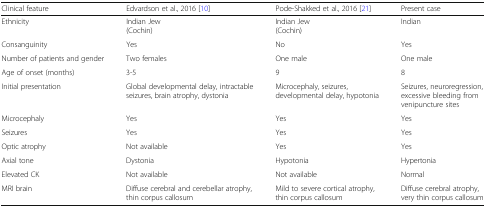
<table><thead><tr><td><b>Clinical feature</b></td><td><b>Edvardson et al., 2016 [10]</b></td><td><b>Pode-Shakked et al., 2016 [21]</b></td><td><b>Present case</b></td></tr></thead><tbody><tr><td>Ethnicity</td><td>Indian Jew(Cochin)</td><td>Indian Jew(Cochin)</td><td>Indian</td></tr><tr><td>Consanguinity</td><td>Yes</td><td>No</td><td>Yes</td></tr><tr><td>Number of patients and gender</td><td>Two females</td><td>One male</td><td>One male</td></tr><tr><td>Age of onset (months)</td><td>3-5</td><td>9</td><td>8</td></tr><tr><td>Initial presentation</td><td>Global developmental delay, intractable seizures, brain atrophy, dystonia</td><td>Microcephaly, seizures, developmental delay, hypotonia</td><td>Seizures, neuroregression, excessive bleeding from venipuncture sites</td></tr><tr><td>Microcephaly</td><td>Yes</td><td>Yes</td><td>Yes</td></tr><tr><td>Seizures</td><td>Yes</td><td>Yes</td><td>Yes</td></tr><tr><td>Optic atrophy</td><td>Not available</td><td>Yes</td><td>Yes</td></tr><tr><td>Axial tone</td><td>Dystonia</td><td>Hypotonia</td><td>Hypertonia</td></tr><tr><td>Elevated CK</td><td>Not available</td><td>Not available</td><td>Normal</td></tr><tr><td>MRI brain</td><td>Diffuse cerebral and cerebellar atrophy, thin corpus callosum</td><td>Mild to severe cortical atrophy, thin corpus callosum</td><td>Diffuse cerebral atrophy, very thin corpus callosum</td></tr></tbody></table>